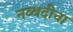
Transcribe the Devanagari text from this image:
नव्वदीचा